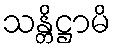
သန္တိဋ္ဌာမိ